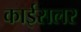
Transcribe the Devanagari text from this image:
काईसलर